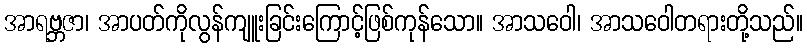
အာရဗ္ဘဇာ၊ အာပတ်ကိုလွန်ကျူးခြင်းကြောင့်ဖြစ်ကုန်သော။ အာသဝေါ၊ အာသဝေါတရားတို့သည်။